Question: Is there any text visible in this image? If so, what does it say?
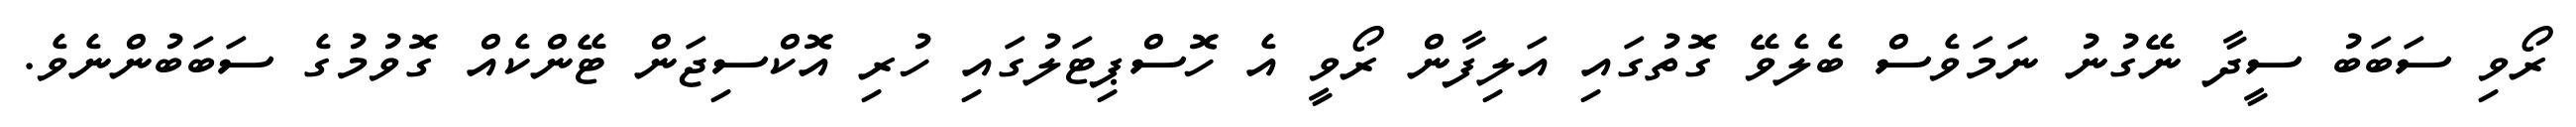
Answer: ރޯވި ސަބަބު ސީދާ ނޭގުނު ނަމަވެސް ބެލެވޭ ގޮތުގައި އަލިފާން ރޯވީ އެ ހޮސްޕިޓަލުގައި ހުރި އޮކްސިޖަން ޓޭންކެއް ގޮވުމުގެ ސަބަބުންނެވެ.